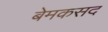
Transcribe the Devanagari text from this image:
बेमकसद